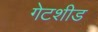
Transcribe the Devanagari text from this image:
गेटशीड